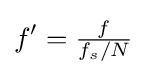
f'={\tfrac {f}{f_{s}/N}}